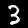
Label: 3